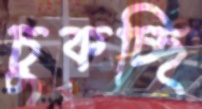
চুকচ্ছি